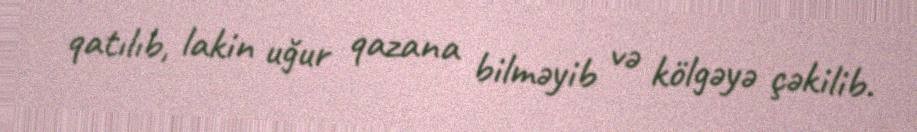
qatılıb, lakin uğur qazana bilməyib və kölgəyə çəkilib.